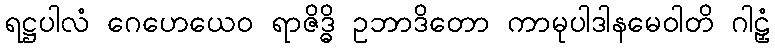
ရဋ္ဌပါလံ ဂေဟေယေဝ ရာဇိဒ္ဓိ ဥဘာဒိတော ကာမုပါဒါနမေဝါတိ ဂါဠှံ